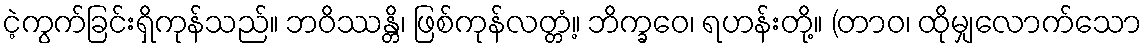
ငဲ့ကွက်ခြင်းရှိကုန်သည်။ ဘဝိဿန္တိ၊ ဖြစ်ကုန်လတ္တံ့။ ဘိက္ခဝေ၊ ရဟန်းတို့။ (တာဝ၊ ထိုမျှလောက်သော